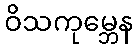
ဝိသကုမ္ဘေန